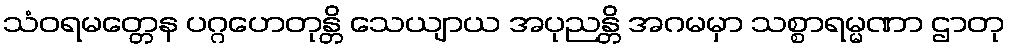
သံဝရမတ္တေန ပဂ္ဂဟေတုန္တိ သေယျာယ အပုညန္တိ အဂမမှာ သစ္စာရမ္မဏာ ဌာတု